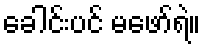
ခေါင်းပင် မဖော်ရဲ။